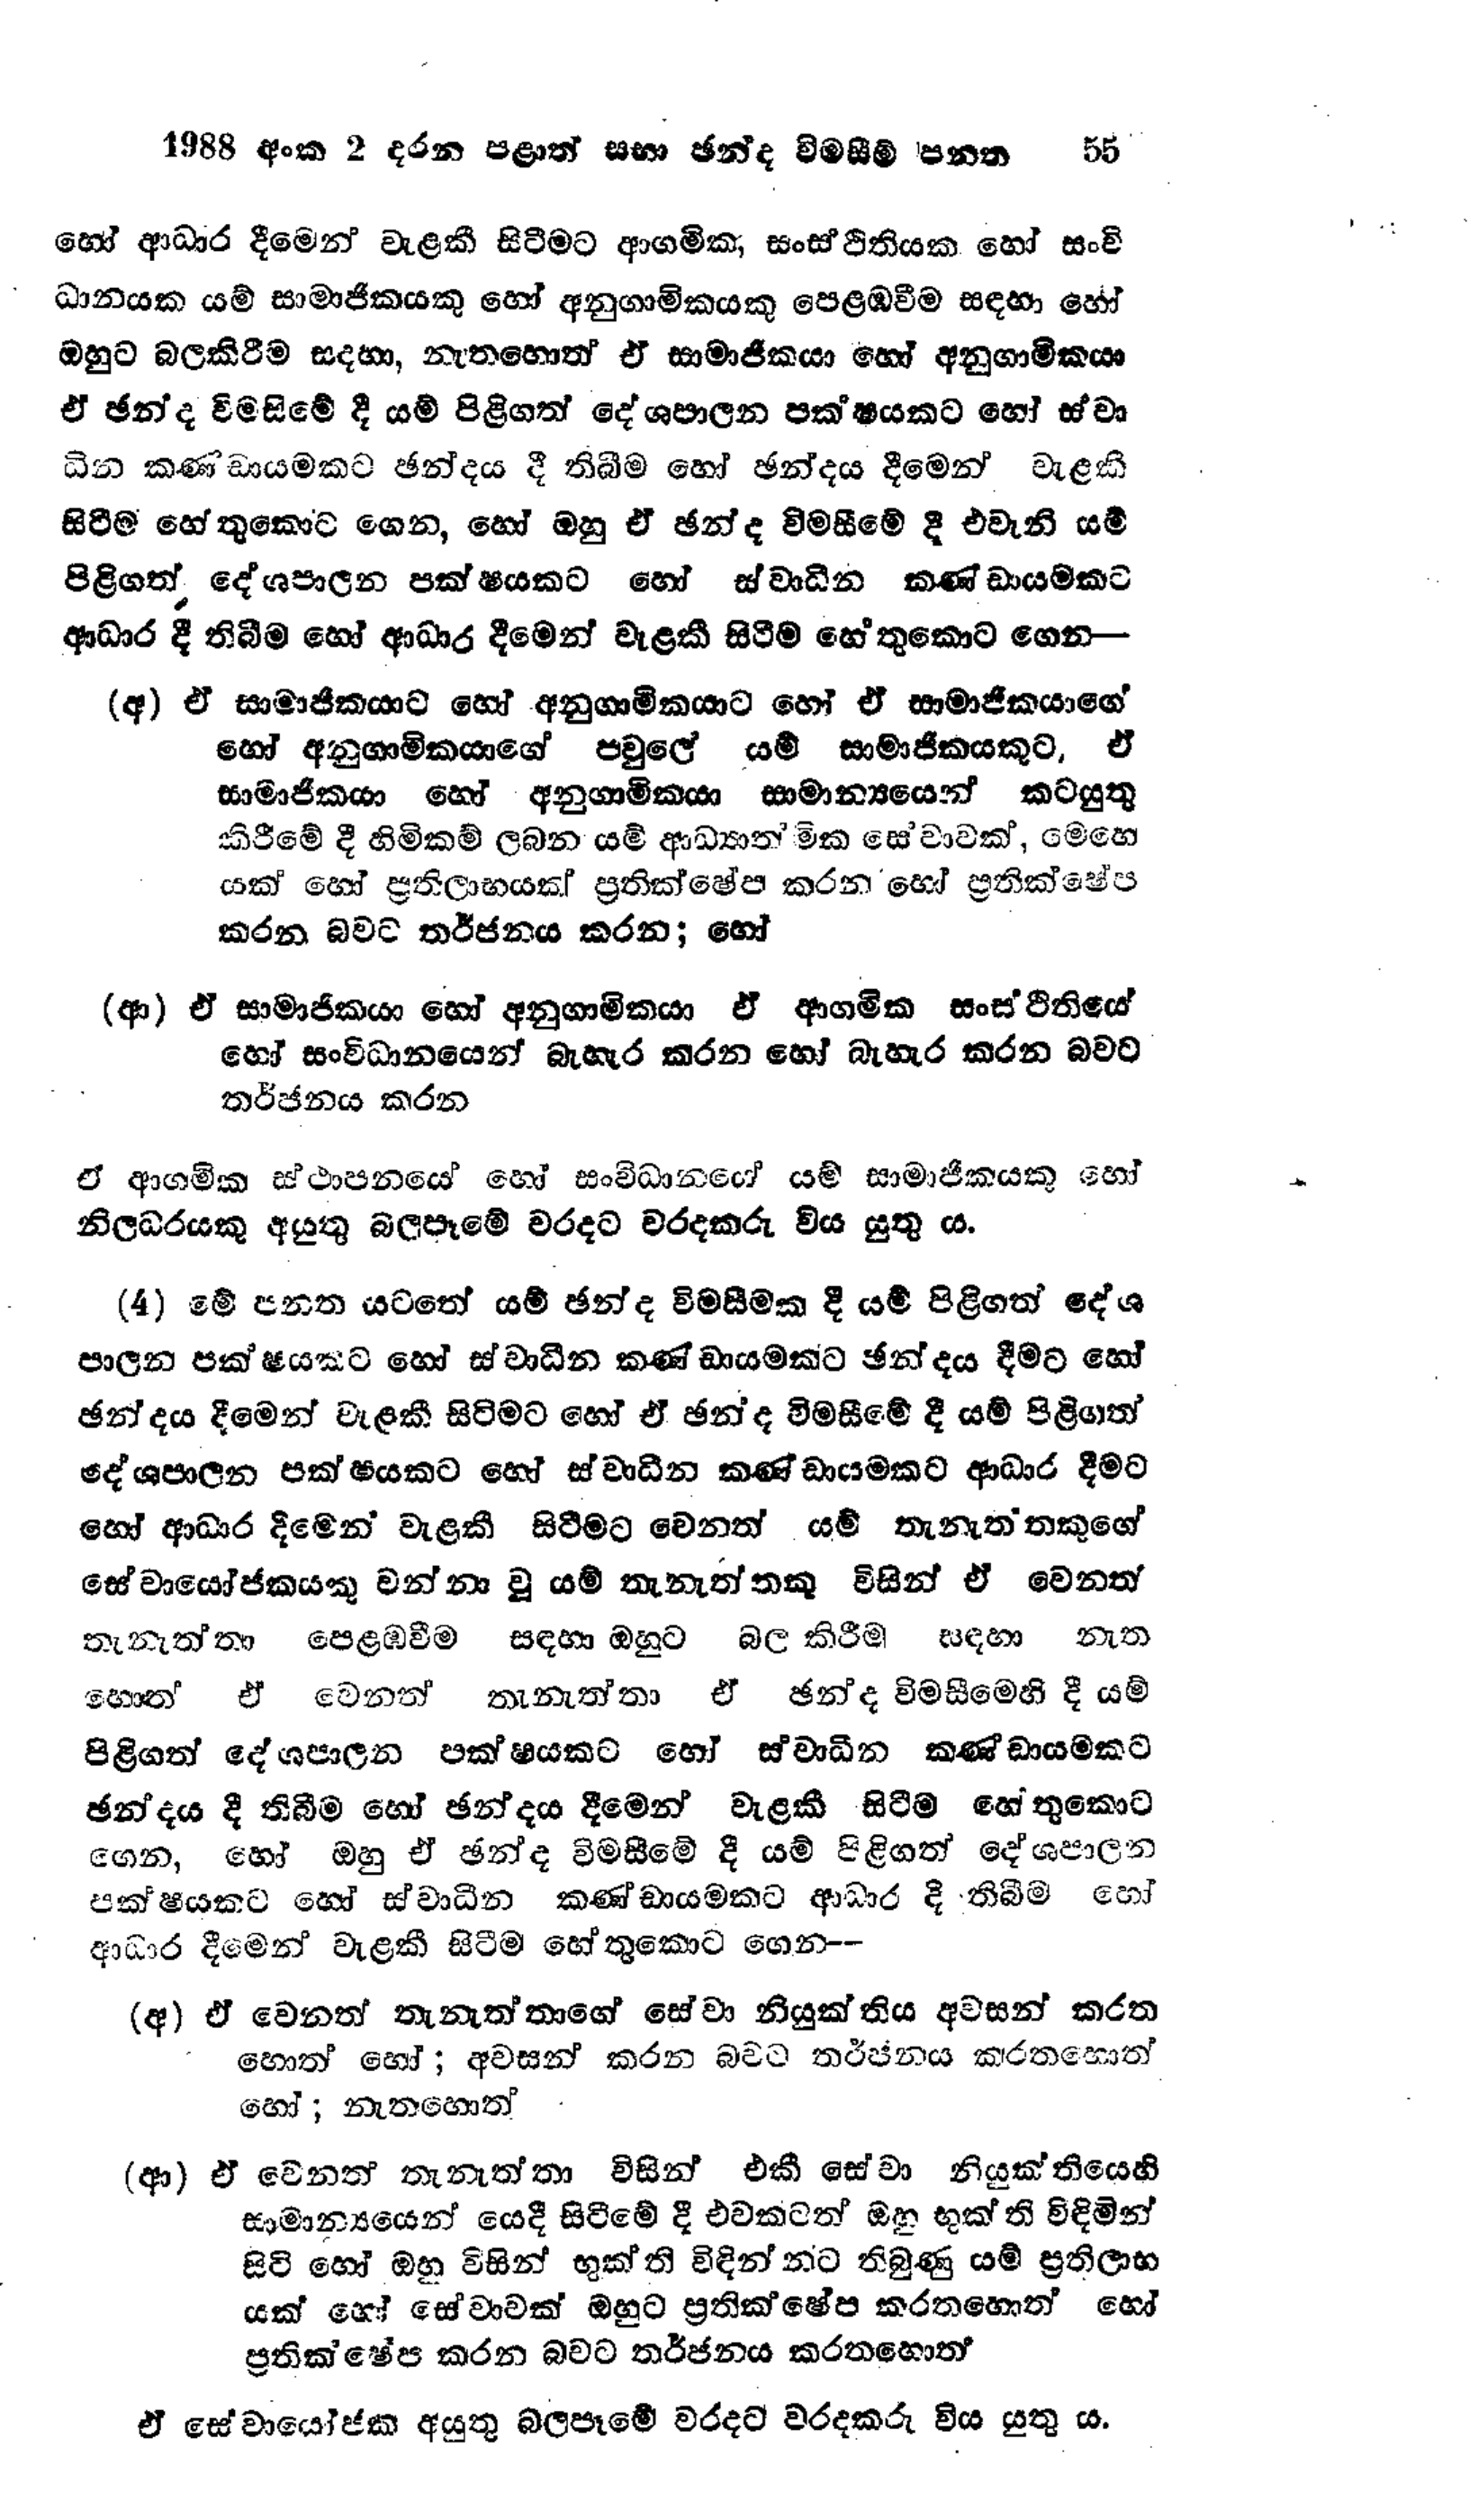
1988 අංක 2 දරන පළාත් සභා ඡන්ද විමසීම් පනත 55

හෝ ආධාර දීමෙන් වැළකී සිටීමට ආගමික, සංස්ථිතියක හෝ සංවි
ධානයක යම් සාමාජිකයකු හෝ අනුගාමිකයකු පෙළඹවීම සඳහා හෝ
ඔහුට බල කිරීම සදහා, නැතහොත් ඒ සාමාජිකයා හෝ අනුගාමිකයා
ඒ ඡන්ද විමසිමේ දී යම් පිළිගත් දේශපාලන පක්ෂයකට හෝ ස්වා
ධින කණ්ඩායමකට ඡන්දය දී තිබීම හෝ ඡන්දය දීමෙන් වැළකී
සිටීම හේතුකොට ගෙන, හෝ ඔහු ඒ ඡන්ද විමසීමේ දී එවැනි යම්
පිළිගත් දේශපාලන පක්ෂයකට හෝ ස්වාධීන කණ්ඩායමකට
ආධාර දී තිබීම හෝ ආධාර දීමෙන් වැළකී සිටීම හේතුකොට ගෙන -

(අ) ඒ සාමාජිකයාට හෝ අනුගාමිකයාට හෝ ඒ සාමාජිකයාගේ
හෝ අනුගාමිකයාගේ පවුලේ යම් සාමාජිකයකුට, ඒ
සාමාජිකයා හෝ අනුගාමිකයා සාමාන්‍යයෙන් කටයුතු
කිරීමේ දී හිමිකම් ලබන යම් ආධ්‍යාත්මික සේවාවක්, මෙහෙ
යක් හෝ ප්‍රතිලාභයක් ප්‍රතික්ෂේප කරන හෝ ප්‍රතික්ෂේප
කරන බවට තර්ජනය කරන; හෝ

(ආ) ඒ සාමාජිකයා හෝ අනුගාමිකයා ඒ ආගමික සංස්ථිතියේ
හෝ සංවිධානයෙන් බැහැර කරන හෝ බැහැර කරන බවට
තර්ජනය කරන

ඒ ආගමික ස්ථාපනයේ හෝ සංවිධානයෝ යම් සාමාජිකයෙකු හෝ
නිලධරයකු අයුතු බලපෑමේ වරදට වරදකරු විය යුතු ය.

(4) මේ පනත යටතේ යම් ඡන්ද විමසීමක දී යම් පිළිගත් දේශ
පාලන පක්ෂයකට හෝ ස්වාධීන කණ්ඩායමකට ඡන්දය දීමට හෝ
ඡන්දය දීමෙන් වැළකී සිටිමට හෝ ඒ ඡන්ද විමසීමේ දී යම් පිළිගත්
දේශපාලන පක්ෂයකට හෝ ස්වාධීන කණ්ඩායමකට ආධාර දීමට
හෝ ආධාර දීමෙන් වැළකී සිටීමට වෙනත් යම් තැනැත්තකුගේ
සේවායෝජකයකු වන්නා වූ යම් තැනැත්තකු විසින් ඒ වෙනත්
තැනැත්තා පෙළඹවීම සඳහා ඔහුට බල කිරීමු සඳහා නැත
හොත ඒ වෙනත් තැනැත්තා ඒ ඡන්ද විමසීමෙහි දී යම්
පිළිගත් දේශපාලන පක්ෂයකට හෝ ස්වාධීන කණ්ඩායමකට
ඡන්දය දී තිබීම හෝ ඡන්දය දීමෙන් වැළකී සිටීම හේතුකොට
ගෙන, හෝ ඔහු ඒ ඡන්ද විමසීමේ දී යම් පිළිගත් දේශපාලන
පක්ෂයකට හෝ ස්වාධීන කණ්ඩායමකට ආධාර දී තිබීම හෝ
ආධාර දීමෙන් වැළකී සිටීම හේතුකොට ගෙන --

(අ) ඒ වෙනත් තැනැත්තාගේ සේවා නියුක්තිය අවසන් කරත
හොත් හෝ ; අවසන් කරන බවට තර්ජනය කරතහොත්
හෝ; නැතහොත්

(ආ) ඒ වෙනත් තැනැත්තා විසින් එකී සේවා නියුක්තියෙහි
සාමාන්‍යයෙන් යෙදී සිටීමේ දී එවකටත් ඔහු භුක්ති විඳිමින්
සිටි හෝ ඔහු විසින් භුක්ති විඳින්නට තිබුණු යම් ප්‍රතිලාභ
යක් හෝ සේවාවක් ඔහුට ප්‍රතික්ෂේප කරතහොත් හෝ
ප්‍රතික්ෂේප කරන බවට තර්ජනය කරතහොත්

ඒ සේවායෝජක අයුතු බලපෑමේ වරදට වරදකරු විය යුතු ය.